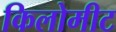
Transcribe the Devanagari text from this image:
किलोमीट